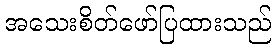
အသေးစိတ်ဖော်ပြထားသည်